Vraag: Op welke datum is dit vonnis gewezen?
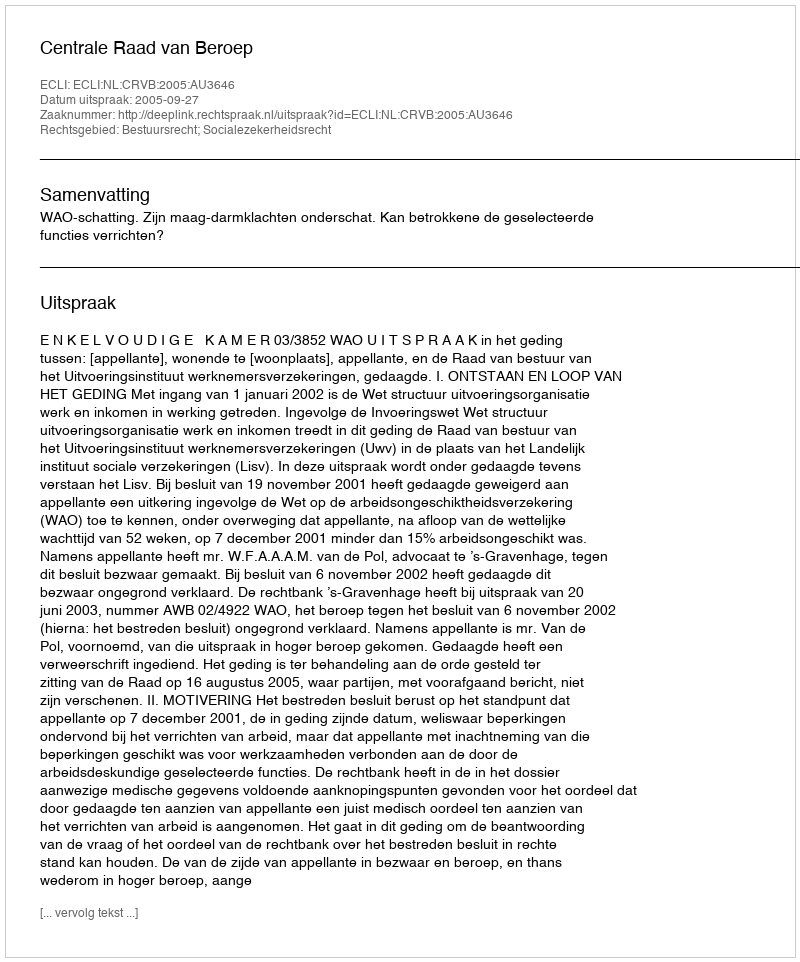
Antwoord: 2005-09-27